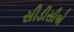
સીડીસીએ